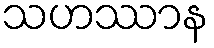
သဟဿာန